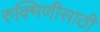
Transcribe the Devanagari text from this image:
रुक्मिणीसाठी